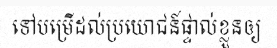
ទៅបម្រើដល់ប្រយោជន៍ផ្ទាល់ខ្លួនឲ្យ